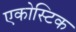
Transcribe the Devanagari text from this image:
एकोस्टिक